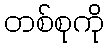
တစ်စုကို